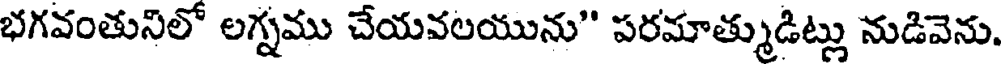
భగవంతునిలో లగ్నము చేయవలయును" పరమాత్ముడిట్లు నుడివెను.